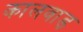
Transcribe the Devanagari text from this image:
कालवाड़